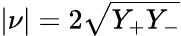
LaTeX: |\nu|=2\sqrt{Y_{+}Y_{-}}